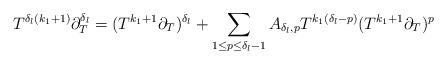
LaTeX: \begin{align*}T^{\delta_{l}(k_{1}+1)} \partial_{T}^{\delta_l} = (T^{k_{1}+1}\partial_{T})^{\delta_l} +\sum_{1 \leq p \leq \delta_{l}-1} A_{\delta_{l},p} T^{k_{1}(\delta_{l}-p)} (T^{k_{1}+1}\partial_{T})^{p} \end{align*}